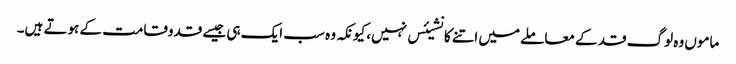
ماموں وہ لوگ قد کے معاملے میں اتنے کانشیئس نہیں، کیونکہ وہ سب ایک ہی جیسے قدوقامت کے ہوتے ہیں۔